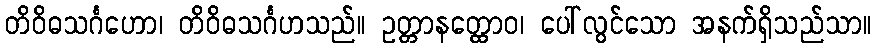
တိဝိဓသင်္ဂဟော၊ တိဝိဓသင်္ဂဟသည်။ ဥတ္တာနတ္ထောဝ၊ ပေါ်လွင်သော အနက်ရှိသည်သာ။